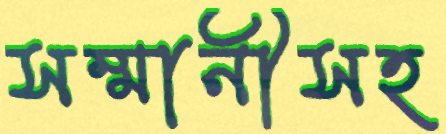
সম্মানীসহ